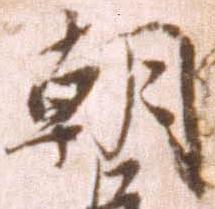
朝